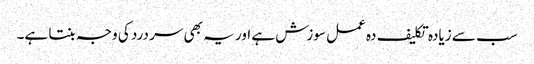
سب سے زیادہ تکلیف دہ عمل سوزش ہے اور یہ بھی سر درد کی وجہ بنتا ہے۔